Leaving Certificate Examination, 1910
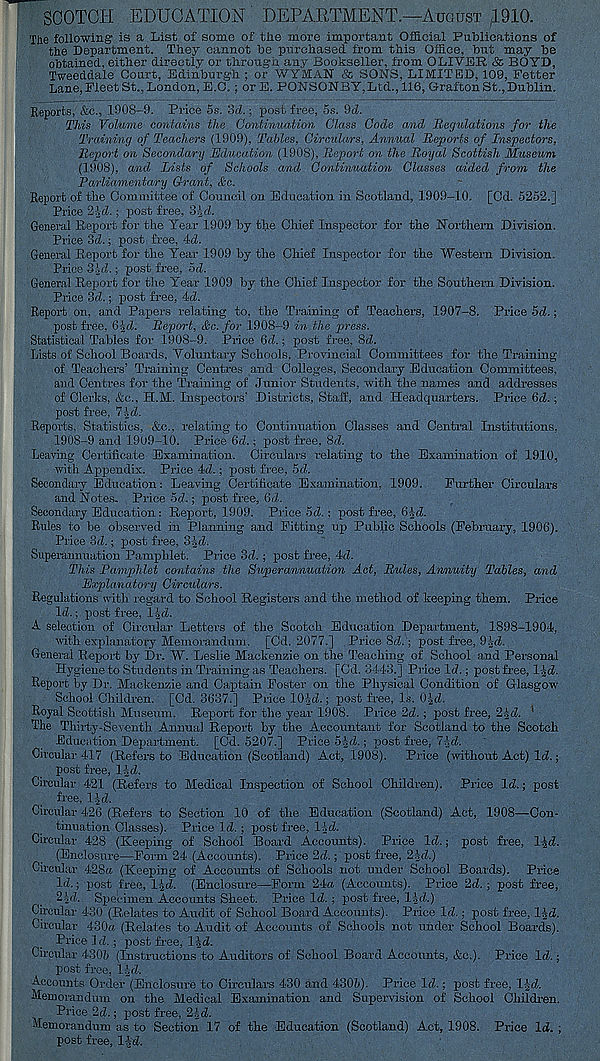
SCOTCH EDUCATION DEPARTMENT.—August ; 1910.
The following is a List of some of the more important Official Publications of
the Department. They cannot be purchased from this Office, but may he
obtained, either directly or through any Bookseller, from OLIVER & BOYD,
Tweeddale Court, Edinburgh ; or WYMAN & SONS, LIMITED, 109, Fetter
Lane, Fleet St., London, E.O. ; or E. PONSONBY,Ltd., 116, Grafton St.,Dublin.
Reports, &c., 1908-9. Price 5s. 3cZ.; post free, 5s. 9d.
This Volume contains the Continuation Class Code and Regulations for the
Training of Teachers (1909), Tables, Circulars, Annual Reports of Inspectors,
Report on Secondary Education (1908), Report on the Royal Scottish Museum,
(1908), and Lists of Schools and Continuation Classes aided from the
Parliamentary Grant, &c.
Report of the Committee of Council on Education in Scotland, 1909-10. [Cd. 5252.]
Price 2P. ; post free, 3-2<f.
General Report for the Year 1909 by the Chief Inspector for the Northern Division.
Price 3d.; post free, 4d.
General Report for the Year 1909 by the Chief Inspector for the Western Division.
Price 3 id.; post free, od.
General Report for the Year 1909 by the Chief Inspector for the Southern Division.
Price 3d.; post free, 4d.
Report on, and Papers relating to, the Training of Teachers, 1907-8. Price 5d.;
post free, 6-Id. Report, &c. for 1908-9 in the press.
Statistical Tables for 1908-9. Price 6d.; post free, 8d.
Lists of School Boards, Voluntary Schools, Provincial Committees for the Training
of Teachers’ Training Centres and Colleges, Secondary Education Committees,
and Centres for the Training of Junior Students, with the names and addresses
of Clerks, &c., H.M. Inspectors’ Districts, Staff, and Headquarters. Price 6d.;
post free, 7Id.
Reports, Statistics, &c., relating to Continuation Classes and Central Institutions,
1908-9 and 1909-10. Price 6d.; post free, 8d.
Leaving Certificate Examination. Circulars relating to the Examination of 1910,
with Appendix. Price 4d.; post free, 5d.
Secondary Education: Leaving Certificate Examination, 1909. Further Circulars
and Notes. Price 5d.; post free, 6d.
Secondary Education: Report, 1909. Price 5d.: post free, 6Id.
Rules to be observed in Planning and Fitting up Public Schools (February, 1906).
Price 3d.; post free, 31 d.
Superannuation Pamphlet. Price 3d.; post free, 4d.
This Pamphlet contains the Superannuation Act, Rules, Annuity Tables, and
Explanatory Circulars.
Regulations with regard to School Registers and the method of keeping them. Price
Id.; post free, lid.
A selection of Circular Letters of the Scotch Education Department, 1898-1904,
with explanatory Memorandum. [Cd. 2077.] Price 8d.; post free, 9.Vd.
General Report by Dr. W. Leslie Mackenzie on the Teaching of School and Personal
Hygiene to Students in Training as Teachers. [Cd. 3443.] Price Id.: post free, lid.
Report by Dr. Mackenzie and Captain Foster on the Physical Condition of Glasgow
School Children. [Cd. 3637.] Price 10Id.; post free, Is. Old.
Royal Scottish Museum. Report for the year 1908. Price 2d. ; post free, 2id. '
The Thirty-Seventh Annual Report by the Accountant for Scotland to the Scotch
Education Department. [Cd. 5207.] Price 5Id.; post free, 7Id.
Circular 417 (Refers to Education (Scotland) Act, 1908). Price (without Act) Id.;
post free, lid.
Circular 421 (Refers to Medical Inspection of School Children). Price Id.; post
free, lid.
Circular 426 (Refers to Section 10 of the Education (Scotland) Act, 1908—Con-
tinuation Classes). Price Id. ; post free, lid.
Circular 428 (Keeping of School Board Accounts). Price Id.; post free, lid.
(Enclosure—Form 24 (Accounts). Price 2d.; post free, 2Id.)
Circular 428« (Keeping of Accomits of Schools not under School Boards). Price
Id.; post free, lid. (Enclosure—Form 24a (Accomits). Price 2d. ; post free,
2 Id. Specimen Accounts Sheet. Price Id.; post free, lid.)
Circular 430 (Relates to Audit or School Board Accounts). Price Id.; post free, lid.
Circular 430a (Relates to Audit of Accounts of Schools not under School Boards).
Price 1 d.; post free, lid.
Circular 4305 (Instructions to Auditors of School Board Accounts, &c.). Price Id.;
post free, lid.
Accounts Order (Enclosure to Circulars 430 and 4306). Price Id.; post free, lid.
Memorandum on the Medical Examination and Super-vision of School Children.
Price 2d.; post free, 2!d.
Memorandum as to Section 17 of the Education (Scotland) Act, 1908. Price Id. ;
post free, l|d.